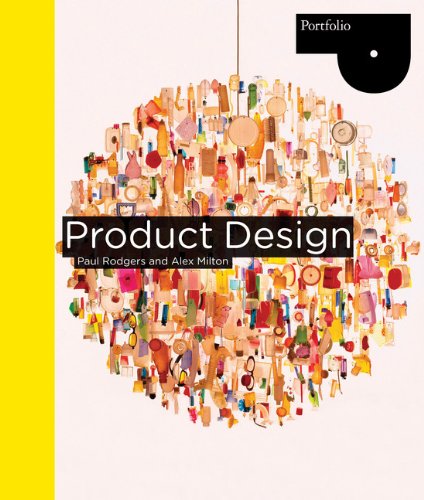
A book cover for Product Design (Portfolio); Alex Milton; Arts & Photography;